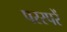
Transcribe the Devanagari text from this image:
परस्परें